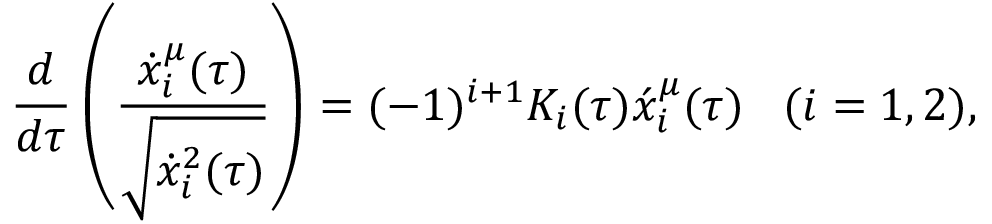
\frac { d } { d \tau } \left( \frac { \dot { x } _ { i } ^ { \mu } ( \tau ) } { \sqrt { \dot { x } _ { i } ^ { 2 } ( \tau ) } } \right) = ( - 1 ) ^ { i + 1 } K _ { i } ( \tau ) \acute { x } _ { i } ^ { \mu } ( \tau ) \, \, \, \, \, ( i = 1 , 2 ) ,